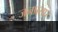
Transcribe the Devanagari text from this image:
जनप्रसार